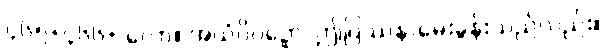
၄၆၅+၄၆၆+ လော။ အယံပိပဉှော၊ ဤပြဿနာမေးခွန်းသည်လည်း။